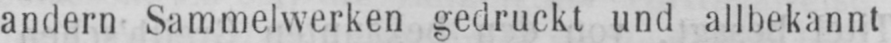
andern Sammelwerken gedruckt und allbekannt